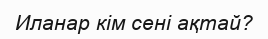
Иланар кім сені ақтай?